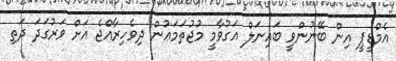
އެމްޑީޕީ އިން ބޭނުންވީ ބައިނަލް އަގުވާމީ މުޖުތަމަޢުން ދިވެހިރާއްޖެ އަށް ވަރުގަދަ ދަތި